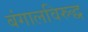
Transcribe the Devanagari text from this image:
बंगालविरुद्ध